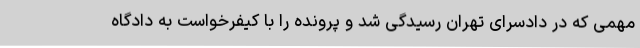
مهمی که در دادسرای تهران رسیدگی شد و پرونده را با کیفرخواست به دادگاه